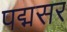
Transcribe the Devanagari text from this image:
पद्मसर